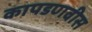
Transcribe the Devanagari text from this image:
कापडणवीस